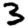
Digit: 3